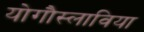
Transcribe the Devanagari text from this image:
योगौस्लाविया